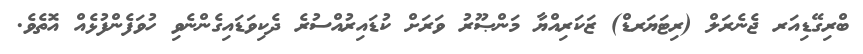
ބްރިގޭޑިއަރ ޖެނެރަލް (ރިޓަޔަރޑް) ޒަކަރިއްޔާ މަންޞޫރު ވަރަށް ކުޑައިރުއްސުރެ ދެކިވަޑައިގެންނެވި ހުވަފެންފުޅެއް އޮތެވެ.